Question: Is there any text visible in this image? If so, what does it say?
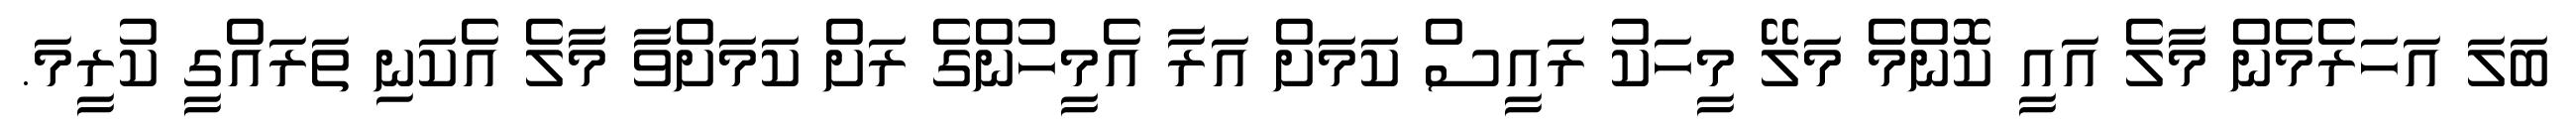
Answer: ބަލަ އަހަރެމެން މާލެ އައީ ކޮންމެ މަލޭ މީހަކު ރައީސް ކަމަށް އަރާ އެމީހުންގެ ރަށް ކަމަށްވާ މާލެ އެކަނި ތަރައްގީ ކުރީމަ.